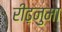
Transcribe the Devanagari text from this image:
रीढ़नुमा